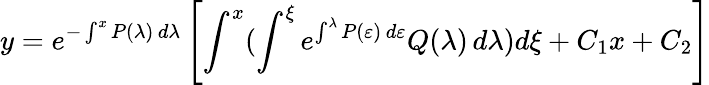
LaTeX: y=e^{-\int^{x}P(\lambda)\, d\lambda}\left[\int^{x}(\int^{\xi}e^{\int^{\lambda}P(\varepsilon)\, d\varepsilon}Q(\lambda)\, d\lambda)d\xi+C_{1}x+C_{2}\right]